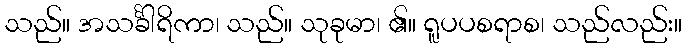
သည်။ အသင်္ခါရိကာ၊ သည်။ သုခုမာ၊ ၏။ ရူပပစရာစ၊ သည်လည်း။